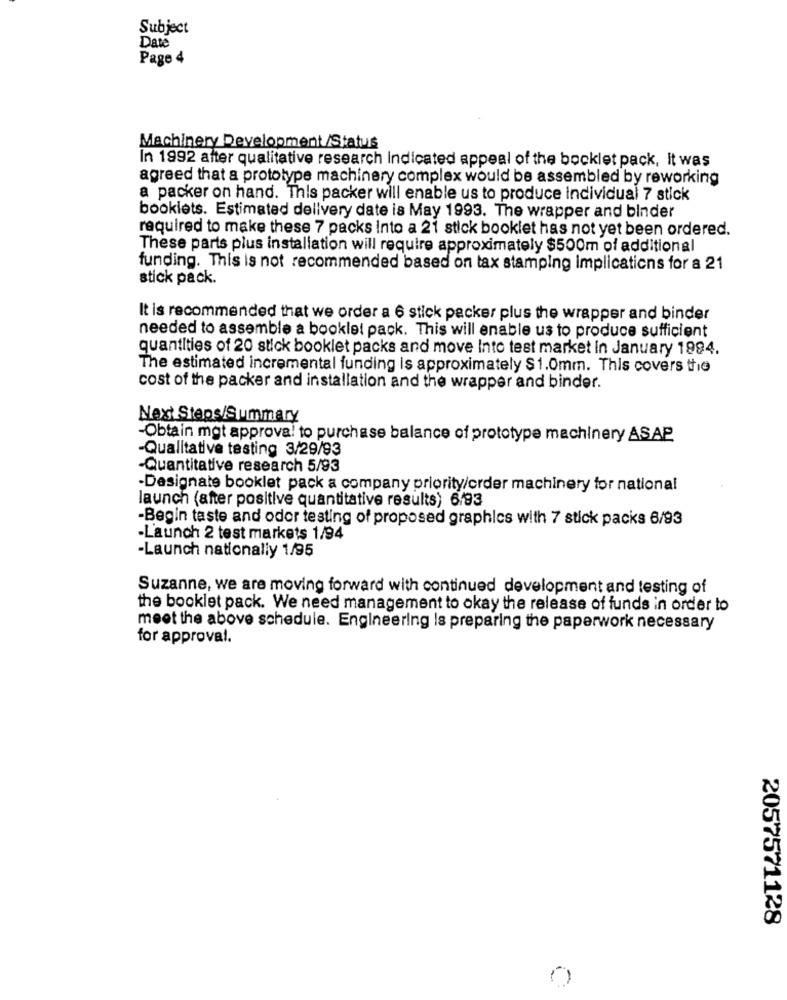
Subject
Date
Page 4
Machinery Development /Status
In 1992 after qualitative research indicated appeal of the bocklet pack, It was
agreed that a prototype machinery complex would be assembled by reworking
a packer on hand. This packer will enable us to produce individual 7 stick
booklets. Estimated delivery date is May 1993. The wrapper and binder
required to make these 7 packs Into a 21 stick booklet has not yet been ordered.
These parts plus installation will require approximately $500m of additional
funding. This is not recommended based on tax stamping implications for a 21
stick pack.
It is recommended that we order a 6 stick packer plus the wrapper and binder
needed to assemble a booklet pack. This will enable us to produce sufficient
quantities of 20 stick booklet packs and move Into test market in January 1994.
The estimated incremental funding is approximately $1.0mm. This covers the
cost of the packer and installation and the wrapper and binder.
Next Steps/Summary
-Obtain mgt approva! to purchase balance of prototype machinery ASAP
-Qualitative testing 3/29/93
-Quantitative research 5/93
-Designate booklet pack a company priority/crder machinery for national
launch (after positive quantitative results) 6/93
-Begin taste and odor testing of proposed graphics with 7 stick packs 6/93
-Launch 2 test markets 1/94
-Launch nationally 1/95
Suzanne, we are moving forward with continued development and testing of
the booklet pack. We need management to okay the release of funds in order to
meet the above schedule. Engineering Is preparing the paperwork necessary
for approval.
2057571128
0